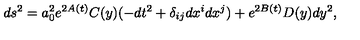
d s ^ { 2 } = a _ { 0 } ^ { 2 } e ^ { 2 A ( t ) } C ( y ) ( - d t ^ { 2 } + \delta _ { i j } d x ^ { i } d x ^ { j } ) + e ^ { 2 B ( t ) } D ( y ) d y ^ { 2 } ,